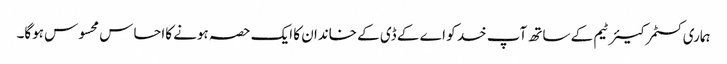
ہماری کسٹمر کیئر ٹیم کے ساتھ آپ خد کو اے کے ڈی کے خاندان کا ایک حصہ ہونے کااحساس محسوس ہوگا۔